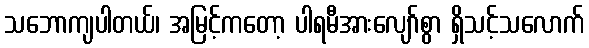
သဘောကျပါတယ်၊ အမြင့်ကတော့ ပါရမီအားလျော်စွာ ရှိသင့်သလောက်